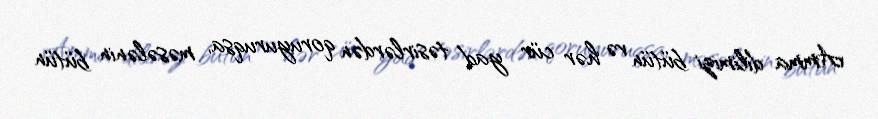
Amma dilimizi bütün və hər cür yad təsirlərdən qoruyuruqsa, məsələnin bütün